Report on sanitation, dispensaries, and jails in Rajputana for 1917, and on vaccination for the year 1917-1918 - 1917-1918
Year: 1917
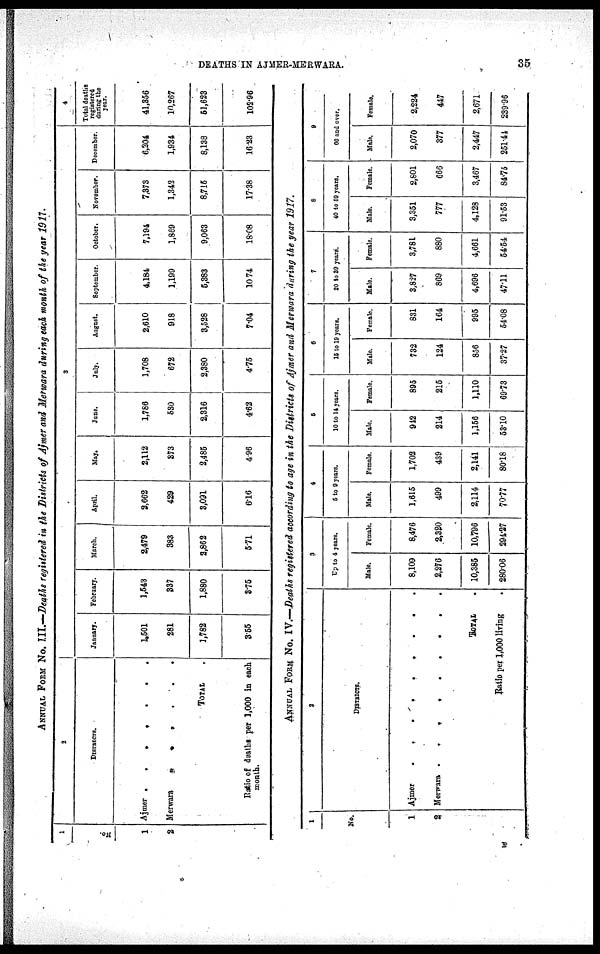
DEATHS IN AJMER-MERWARA.
35
ANNUAL FORM No. III.—Deaths registered in the Districts of Ajmer and Merwara during each month of the year 1917.
1
No.
1
2
2
DISTRICTS.
Ajmer . . . . . . .
Merwara . . . . . . .
Total
Ratio of deaths per 1,000 in each
month.
3
January.
1,501
281
1,782
3.55
February.
1,543
337
1,880
3.75
March.
2,479
383
2,862
5.71
April.
2,662
429
3,091
6.16
May.
2,112
373
2,485
4.96
June.
1,786
530
2,316
4.62
July.
1,708
672
2,380
4.75
August.
2,610
918
3,528
7.04
September.
4,184
1,199
5,383
10.74
October.
7,194
1,869
9,063
18.08
November.
7,373
1,342
8,715
17.38
December.
6,204
1,934
8,138
16.23
4
Total deaths registered
during the year.
41,356
10,267
51,623
102.96
ANNUAL FORM No. IV.—Deaths registered according to age in the Districts of Ajmer and Merwara during the year 1917.
1
No.
1
2
2
DISTRICTS.
Ajmer
.
.
.
.
.
.
.
.
Mewara .
.
.
.
.
.
.
TOTAL .
Ratio per 1,000 living.
3
Up to 4 years.
Male.
8,109
2,276
10,385
280.06
Female.
8,476
2,320
10,796
294.27
4
5 to 9 years.
Male.
1,615
499
2,114
70.77
Female.
1,702
439
2,141
80.18
5
10 to 14 years.
Male.
912
214
1,156
53.10
Female.
895
216
1,110
69.73
6
14 to 19 years.
Male.
732
124
856
37.27
Female.
831
164
995
54.08
7
20 to 39 years.
Male.
3,827
869
4,696
47.11
Female.
3,781
880
4,661
54.54
8
40 to 59 years.
Male.
3,351
777
4,128
91.53
Female.
2,801
666
3,467
84.75
9
60 and over.
Male.
2,070
377
2,447
251.41
Female.
2,224
447
2,671
239.96
F